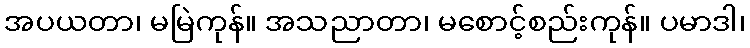
အပယတာ၊ မမြဲကုန်။ အသညာတာ၊ မစောင့်စည်းကုန်။ ပမာဒါ၊